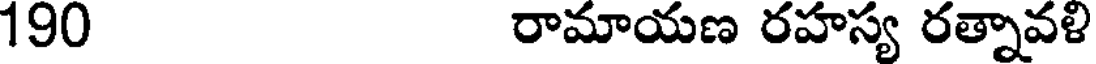
190 రామాయణ రహస్య రత్నావళి